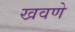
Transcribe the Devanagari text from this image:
खवणे